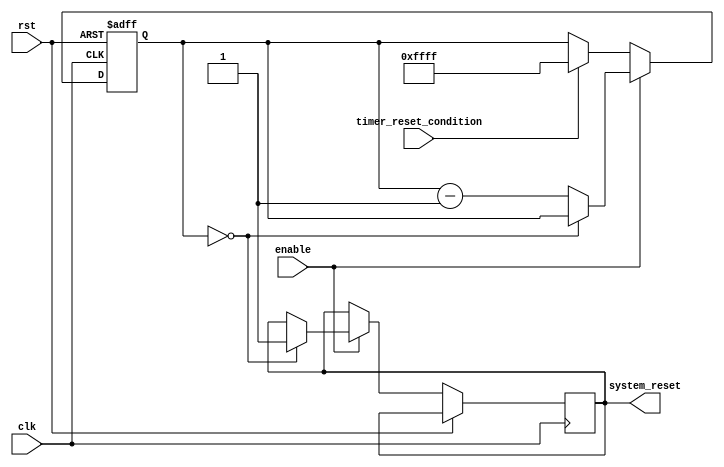
module watchdog_timer (
    input wire clk,
    input wire rst,
    input wire enable,
    input wire timer_reset_condition,
    output wire system_reset
);

reg [15:0] timeout_counter;

always @(posedge clk or posedge rst) begin
    if (rst) begin
        timeout_counter <= 16'hFFFF;
    end else if (enable) begin
        if (timeout_counter == 16'h0000) begin
            system_reset <= 1;
        end else begin
            timeout_counter <= timeout_counter - 1;
        end
    end else if (timer_reset_condition) begin
        timeout_counter <= 16'hFFFF;
    end
end

endmodule